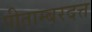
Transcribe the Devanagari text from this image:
पीताम्बरदत्त